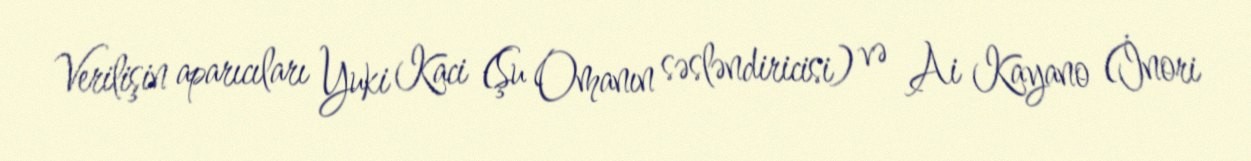
Verilişin aparıcıları Yuki Kaci (Şu Omanın səsləndiricisi) və Ai Kayano (İnori